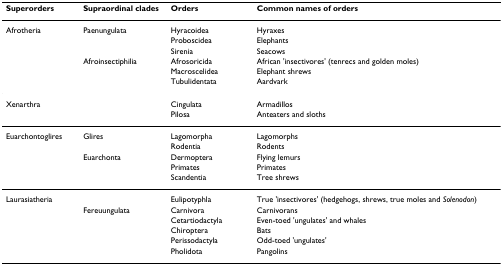
| Superorders | Supraordinal clades | Orders | Common names of orders |
 | --- | --- | --- | --- |
 | Afrotheria | Paenungulata | Hyracoidea | Hyraxes |
 |  |  | Proboscidea | Elephants |
 |  |  | Sirenia | Seacows |
 |  | Afroinsectiphilia | Afrosoricida | African 'insectivores' (tenrecs and golden moles) |
 |  |  | Macroscelidea | Elephant shrews |
 |  |  | Tubulidentata | Aardvark |
 | Xenarthra |  | Cingulata | Armadillos |
 |  |  | Pilosa | Anteaters and sloths |
 | Euarchontoglires | Glires | Lagomorpha | Lagomorphs |
 |  |  | Rodentia | Rodents |
 |  | Euarchonta | Dermoptera | Flying lemurs |
 |  |  | Primates | Primates |
 |  |  | Scandentia | Tree shrews |
 | Laurasiatheria |  | Eulipotyphla | True 'insectivores' (hedgehogs, shrews, true moles and Solenodon) |
 |  | Fereuungulata | Carnivora | Carnivorans |
 |  |  | Cetartiodactyla | Even-toed 'ungulates' and whales |
 |  |  | Chiroptera | Bats |
 |  |  | Perissodactyla | Odd-toed 'ungulates' |
 |  |  | Pholidota | Pangolins |